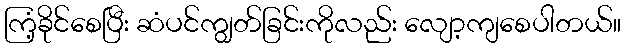
ကြံ့ခိုင်စေပြီး ဆံပင်ကျွတ်ခြင်းကိုလည်း လျော့ကျစေပါတယ်။